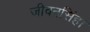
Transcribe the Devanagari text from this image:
जीवनसिंह।